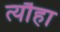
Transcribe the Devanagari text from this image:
त्यौहा